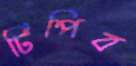
টিপিব